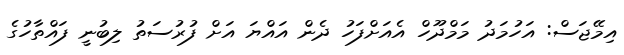
އިމޭޖަސް: އަހުމަދު މަމްދޫހް އެއަށްފަހު ދެން އައްޔަ އަށް ފުރުސަތު ލިބުނީ ފައްތާހުގެ